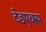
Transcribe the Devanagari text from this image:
टेडएक्स